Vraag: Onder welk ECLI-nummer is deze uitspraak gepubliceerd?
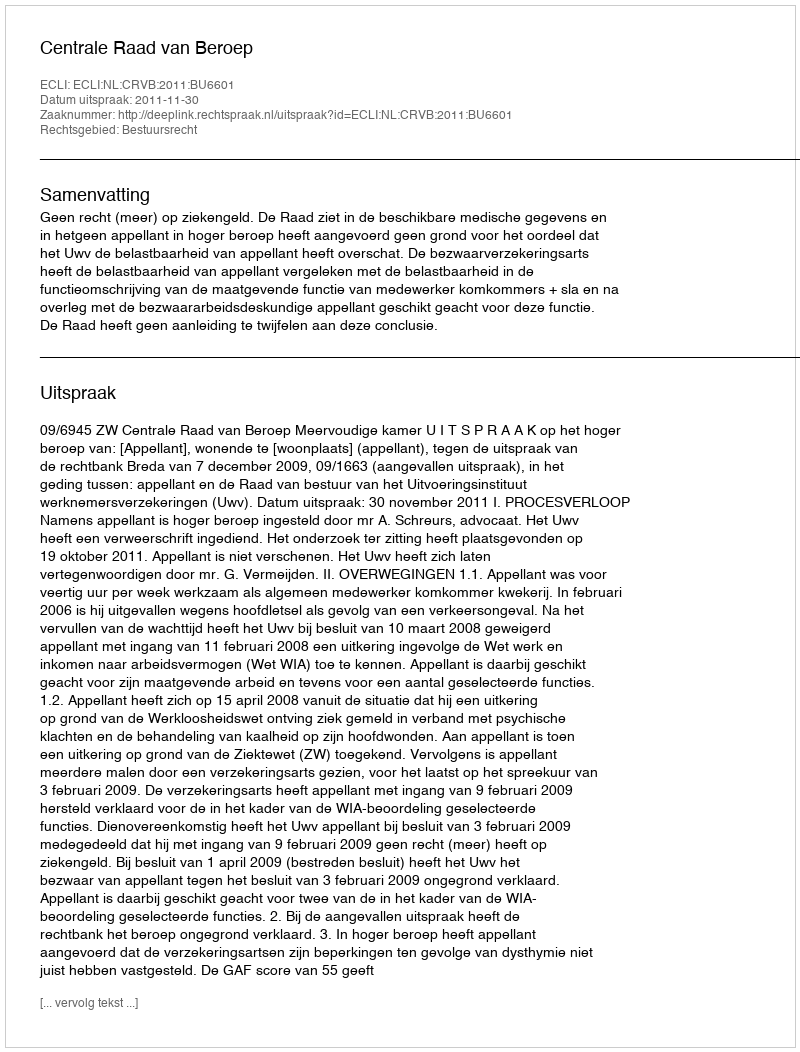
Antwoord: ECLI:NL:CRVB:2011:BU6601